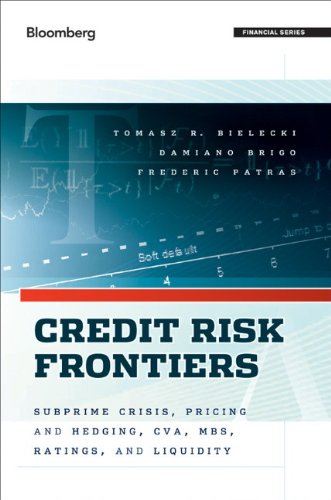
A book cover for Credit Risk Frontiers: Subprime Crisis, Pricing and Hedging, CVA, MBS, Ratings, and Liquidity; Tomasz Bielecki; Business & Money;